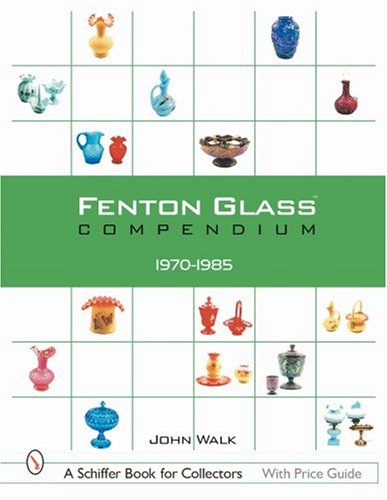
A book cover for Fenton Glass Compendium, 1970-1985 (A Schiffer Book for Collectors); John Walk; Crafts, Hobbies & Home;